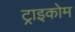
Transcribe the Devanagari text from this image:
ट्राइकोम